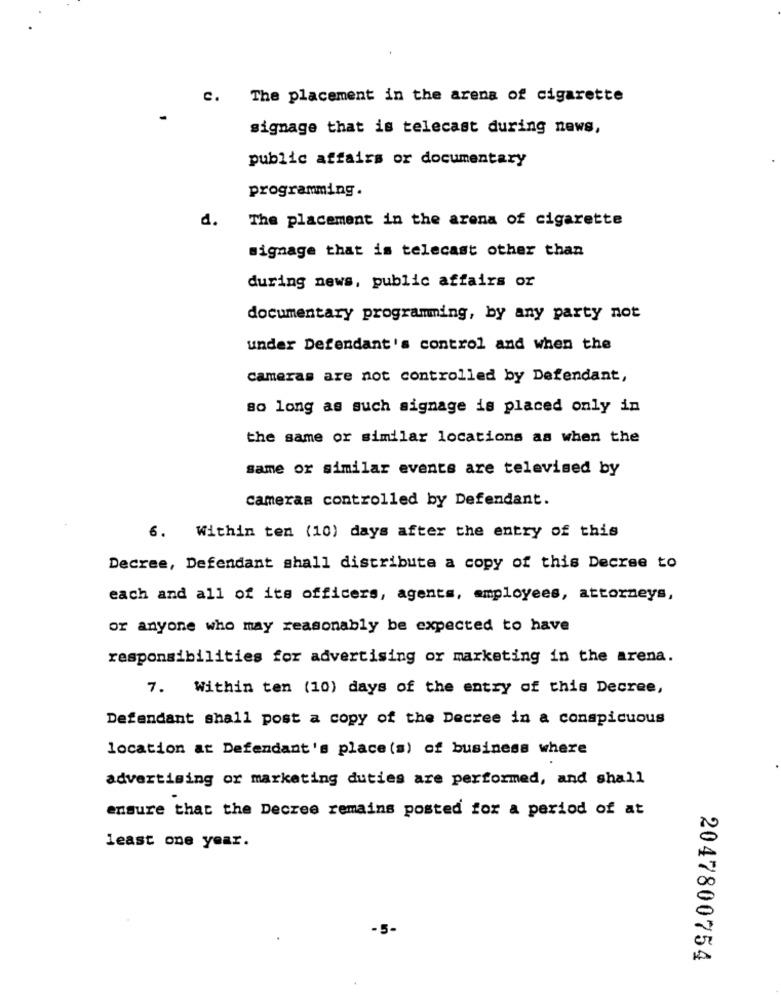
c.
The placement in the arena of cigarette
signage that is telecast during news,
public affairs or documentary
programming .
d.
The placement in the arena of cigarette
signage that is telecast other than
during news, public affairs or
documentary programming, by any party not
under Defendant's control and when the
cameras are not controlled by Defendant,
so long as such signage is placed only in
the same or similar locations as when the
same or similar events are televised by
Cameras controlled by Defendant.
6.
Within ten (10) days after the entry of this
Decree, Defendant shall distribute a copy of this Decree to
each and all of its officers, agents, employees, attorneys,
or anyone who may reasonably be expected to have
responsibilities for advertising or marketing in the arena.
7. Within ten (10) days of the entry of this Decree,
Defendant shall post a copy of the Decree in a conspicuous
location at Defendant's place (s) of business where
advertising or marketing duties are performed, and shall
ensure that the Decree remains posted for a period of at
least one year.
-5-
2047800754